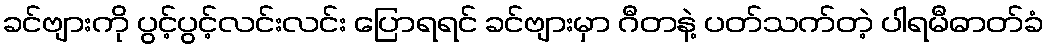
ခင်ဗျားကို ပွင့်ပွင့်လင်းလင်း ပြောရရင် ခင်ဗျားမှာ ဂီတနဲ့ ပတ်သက်တဲ့ ပါရမီဓာတ်ခံ